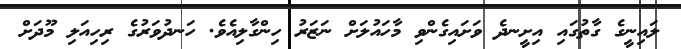
ލައިނީގެ ގާތުގައި އިށީނދެ ވަށައިގެންވި މާހައުލަށް ނަޒަރު ހިންގާލިއެވެ. ހަނދުވަރުގެ ރިހިއަލި މޫދަށް